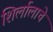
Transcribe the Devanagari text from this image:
शिर्लालाचे